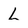
Character: L